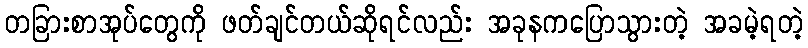
တခြားစာအုပ်တွေကို ဖတ်ချင်တယ်ဆိုရင်လည်း အခုနကပြောသွားတဲ့ အခမဲ့ရတဲ့